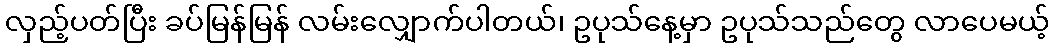
လှည့်ပတ်ပြီး ခပ်မြန်မြန် လမ်းလျှောက်ပါတယ်၊ ဥပုသ်နေ့မှာ ဥပုသ်သည်တွေ လာပေမယ့်